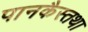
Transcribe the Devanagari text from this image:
पानकैस्तथा